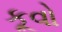
કૂવો